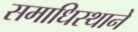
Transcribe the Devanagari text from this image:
समाधिस्थाने